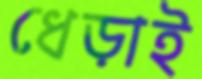
ধেড়াই